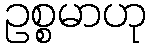
ဥစ္စမာဟု